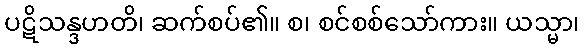
ပဋိသန္ဒဟတိ၊ ဆက်စပ်၏။ စ၊ စင်စစ်သော်ကား။ ယသ္မာ၊